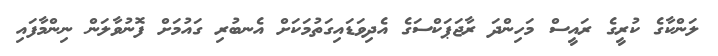
ލަންކާގެ ކުރީގެ ރައީސް މަހިންދަ ރާޖަޕަކްސަގެ އެދިވަޑައިގަތުމަކަށް އެނބުރި ގައުމަށް ފޮނުވާލަން ނިންމާފައި